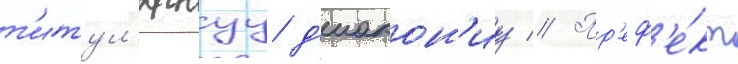
т'итул'ярнуу д'иакон'иу // Пр'еф'е́кт